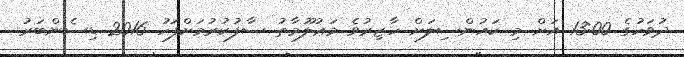
ދުވަހުގެ 13:00 އަށް މި ކައުންސިލަށް ހާޒިރުވެ މަޢުލޫމާތު ސާފުކުރުމަށްފަހު 2016 ޑިސެންބަރު